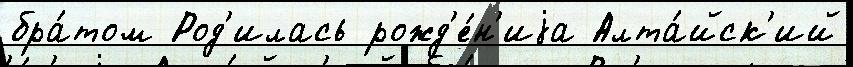
бра́том Род'илась рожд'е́н'иjа Алта́йск'ий